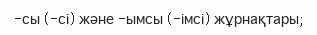
-сы (-сі) және -ымсы (-імсі) жұрнақтары;